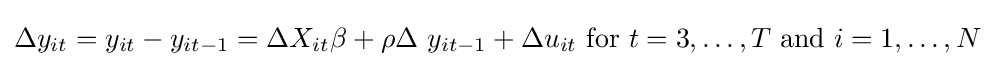
\Delta y_{it}=y_{it}-y_{it-1}=\Delta X_{it}\beta +\rho \Delta \ y_{it-1}+\Delta u_{it}{\text{ for }}t=3,\ldots ,T{\text{ and }}i=1,\ldots ,N